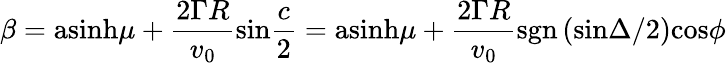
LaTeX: \beta=\mathrm{asinh}\mu+{\frac{2\Gamma R}{v_{0}}}\mathrm{sin}{\frac{c}{2}}=\mathrm{asinh}\mu+{\frac{2\Gamma R}{v_{0}}}\mathrm{sgn}\left(\mathrm{sin}{\Delta/2}\right)\mathrm{cos}\phi